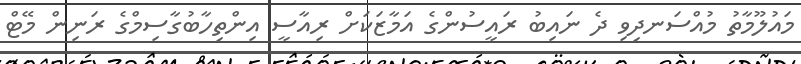
މައުލޫމާތު މުއްސަނދިވި ދެ ނައިބު ރައީސުންގެ އަމާޒަކަށް ރިއާސީ އިންތިހާބުގާސިމްގެ ރަނިން މޭޓް